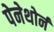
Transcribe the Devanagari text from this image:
पेनेथोर्न